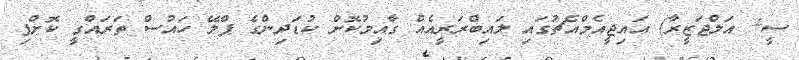
ސީ+ އަލްޖަޒީރާ) އައިޖީއެމްއެޗުގައި ލައިބްރަރީއެއް ގާއިމުކޮށް ކުޑަދިންގެ ޕްލޭ ހައުސް ތަރައްގީ ކޮށްފި